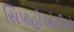
સિપાહીઓનીએ